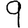
Digit: 9